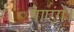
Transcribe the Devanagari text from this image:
पाएंगें।